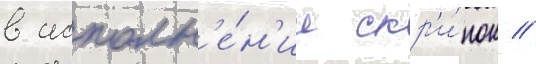
в исполн'е́н'ии скр'и́пок //